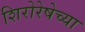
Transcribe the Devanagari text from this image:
शिरोरेषेच्या